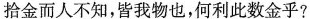
拾金而人不知，皆我物也，何利此数金乎？